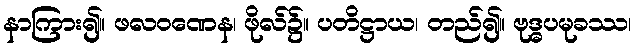
နာကြား၍။ ဖလဝဏေန၊ ဖိုလ်၌။ ပတိဋ္ဌာယ၊ တည်၍။ ဗုဒ္ဓပမုခဿ၊